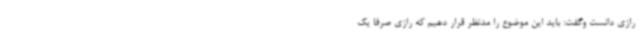
رازی دانست وگفت: باید این موضوع را مدنظر قرار دهیم که رازی صرفاً یک